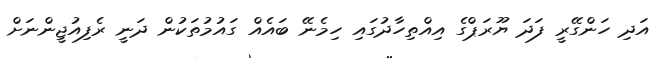
އަދި ހަންގޭރީ ފަދަ ޔޫރަޕްގެ އިއްތިހާދުގައި ހިމެނޭ ބައެއް ގައުމުތަކުން ދަނީ ރެފިއުޖީންނަށް